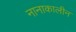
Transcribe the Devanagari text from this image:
नानाकालीन